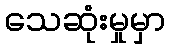
သေဆုံးမှုမှာ